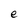
Character: e